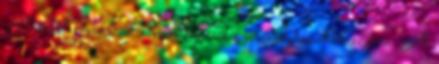
5%-kal növekszik a vendégek és a vendégéjszakák száma. A